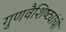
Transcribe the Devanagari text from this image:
गुणवैशिष्ट्यांची